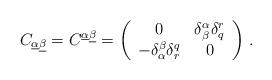
LaTeX: \begin{align*}C_{\underline\alpha\underline\beta}=C^{\underline\alpha\underline\beta}=\left(\begin{array}{cc}0 & \delta^\alpha_\beta \delta_q^{r}\\-\delta_\alpha^\beta\delta^q_{r} & 0\end{array}\right)\,.\end{align*}